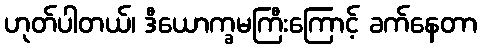
ဟုတ်ပါတယ်၊ ဒီယောက္ခမကြီးကြောင့် ခက်နေတာ